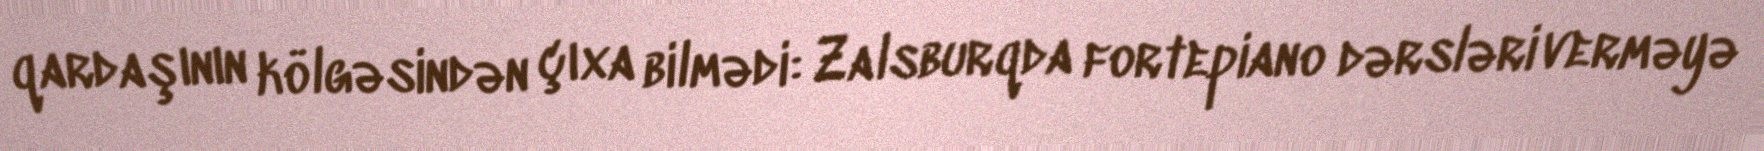
qardaşının kölgəsindən çıxa bilmədi: Zalsburqda fortepiano dərsləri verməyə